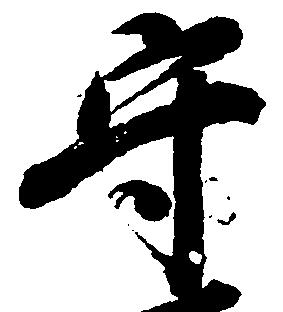
守